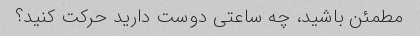
مطمئن باشید، چه ساعتی دوست دارید حرکت کنید؟